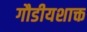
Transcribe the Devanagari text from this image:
गौडीयशाक्त